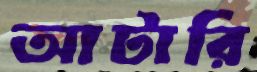
আটারি